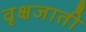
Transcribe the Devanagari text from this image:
वृक्षजाती